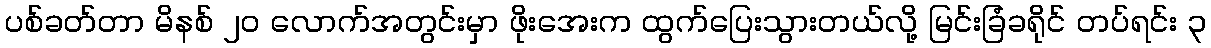
ပစ်ခတ်တာ မိနစ် ၂၀ လောက်အတွင်းမှာ ဖိုးအေးက ထွက်ပြေးသွားတယ်လို့ မြင်းခြံခရိုင် တပ်ရင်း ၃